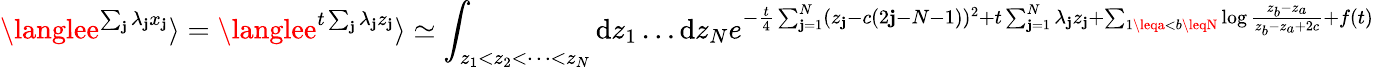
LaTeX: \langlee^{\sum_{\mathbf{j}}\lambda_{\mathbf{j}}x_{\mathbf{j}}}\rangle=\langlee^{t\sum_{\mathbf{j}}\lambda_{\mathbf{j}}z_{\mathbf{j}}}\rangle\simeq\int_{z_{1}<z_{2}<\dots<z_{N}}\mathrm{d}z_{1}\dots\mathrm{d}z_{N}e^{-\frac{{t}}{{4}}\sum_{\mathbf{j}=1}^{N}(z_{\mathbf{j}}-c(2\mathbf{j}-N-1))^{2}+t\sum_{\mathbf{j}=1}^{N}\lambda_{\mathbf{j}}z_{\mathbf{j}}+\sum_{1\leqa<b\leqN}\log\frac{{z_{b}-z_{a}}}{{z_{b}-z_{a}+2c}}+f(t)}